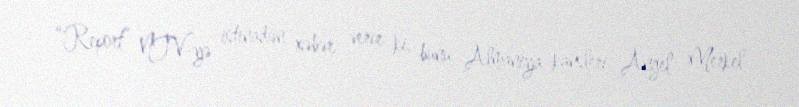
“Report” NTV-yə istinadən xəbər verir ki, bunu Almaniya kansleri Angel Merkel